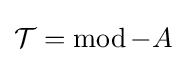
{\mathcal {T}}=\operatorname {mod} -A